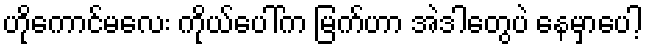
ဟိုကောင်မလေး ကိုယ်ပေါ်က မြက်ဟာ အဲဒါတွေပဲ နေမှာပေါ့